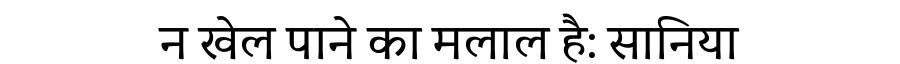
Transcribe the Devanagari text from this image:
न खेल पाने का मलाल है: सानिया